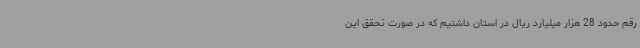
رقم حدود 28 هزار میلیارد ریال در استان داشتیم که در صورت تحقق این